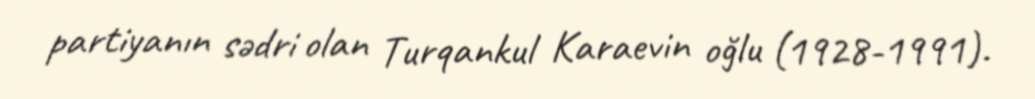
partiyanın sədri olan Turqankul Karaevin oğlu (1928-1991).